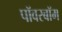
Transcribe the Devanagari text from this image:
पॉवरबॉम